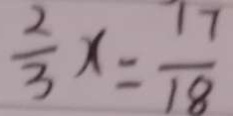
\frac { 2 } { 3 } x = \frac { 1 7 } { 1 8 }